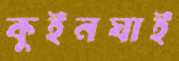
কুইনঘাই